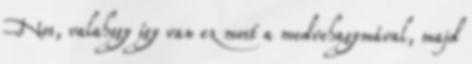
Nos, valahogy így van ez most a medvehagymával, majd